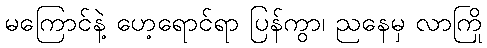
မကြောင်နဲ့ ဟေ့ရောင်ရာ ပြန်ကွာ၊ ညနေမှ လာကြို